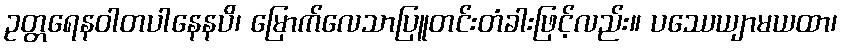
ဥတ္တရေနဝါတပါနေနပိ၊ မြောက်လေသာပြူတင်းတံခါးဖြင့်လည်း။ ပဿေယျာမယထာ၊